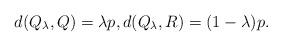
LaTeX: \begin{align*}d(Q_{\lambda},Q)=\lambda p,d(Q_{\lambda},R)=(1-\lambda)p.\end{align*}